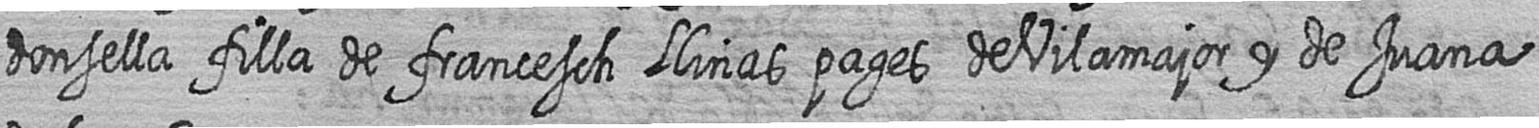
donsella filla de francesch Llinas pages de Vilamajor y de Juana